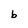
Character: b